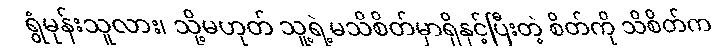
ရွံမုန်းသူလား၊ သို့မဟုတ် သူ့ရဲ့မသိစိတ်မှာရှိနှင့်ပြီးတဲ့ စိတ်ကို သိစိတ်က